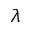
\lambda